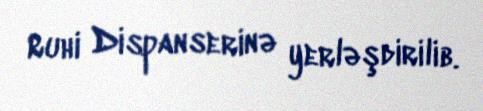
Ruhi Dispanserinə yerləşdirilib.